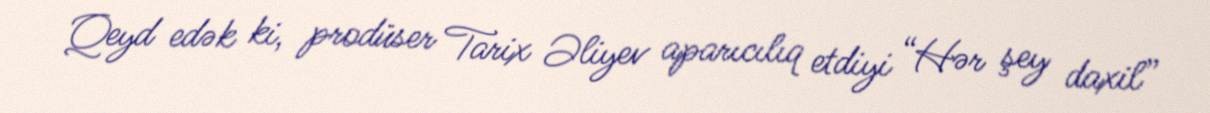
Qeyd edək ki, prodüser Tarix Əliyev aparıcılıq etdiyi “Hər şey daxil”